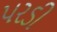
પરડી